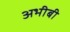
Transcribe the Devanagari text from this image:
अभीबी